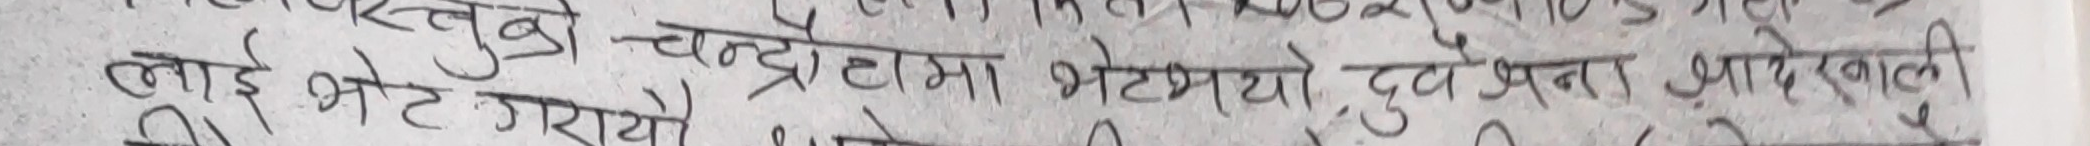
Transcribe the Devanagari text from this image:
लाई भेट गर्यो। दुवै जना आफ्नै